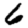
Digit: 6